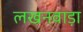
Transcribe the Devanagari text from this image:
लखनवाड़ा